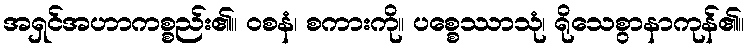
အရှင်အဟာကစ္စည်း၏။ ဝစနံ၊ စကားကို။ ပစ္စေဿာသုံ၊ ရိုသေစွာနာကုန်၏။